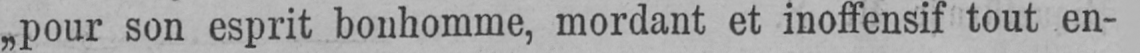
„pour son esprit bonhomme, mordant et inoffensif tout en-